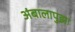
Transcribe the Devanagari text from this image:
अंबालापुझा